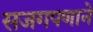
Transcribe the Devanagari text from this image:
सजगपणाने